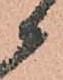
候